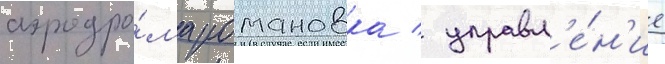
аэродро́ма романовка / управл'е́н'ие